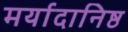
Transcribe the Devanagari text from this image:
मर्यादानिष्ठ